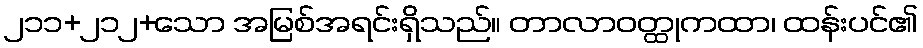
၂၁၁+၂၁၂+သော အမြစ်အရင်းရှိသည်။ တာလာဝတ္ထုကထာ၊ ထန်းပင်၏